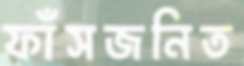
ফাঁসজনিত